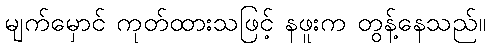
မျက်မှောင် ကုတ်ထားသဖြင့် နဖူးက တွန့်နေသည်။